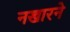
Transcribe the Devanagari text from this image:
नखारने